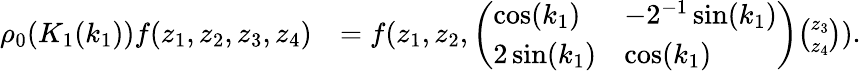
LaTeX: \begin{array}{rl}{\rho_{0}(K_{1}(k_{1}))f(z_{1},z_{2},z_{3},z_{4})}&{=f(z_{1},z_{2},\left(\begin{array}{ll}{\cos(k_{1})}&{-2^{-1}\sin(k_{1})}\\ {2\sin(k_{1})}&{\cos(k_{1})}\end{array}\right)\binom{z_{3}}{z_{4}}).}\end{array}